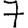
Digit: 7